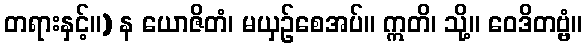
တရားနှင့်။) န ယောဇိတံ၊ မယှဉ်စေအပ်။ ဣတိ၊ သို့။ ဝေဒိတဗ္ဗံ။